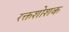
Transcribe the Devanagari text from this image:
रक्तशोशक